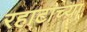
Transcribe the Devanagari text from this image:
रहाटाच्या